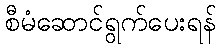
စီမံဆောင်ရွက်ပေးရန်